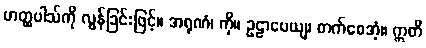
ဟတ္ထပါသ်ကို လွန်ခြင်းဖြင့်။ အရုဏံ၊ ကို။ ဥဠာပေယျ၊ တက်စေအံ့။ ဣတိ